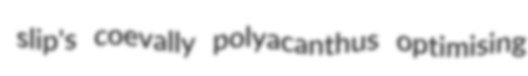
slip's coevally polyacanthus optimising